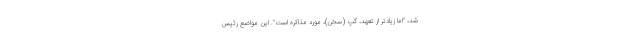
شد، "اما زیادتر از تعهد، گپ (سخن)، مورد مذاکره است". این مواضع رئیس